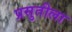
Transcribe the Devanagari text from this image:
प्रसुतीला